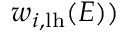
w _ { i , \ensuremath { \mathrm { l h } } } ( E ) )